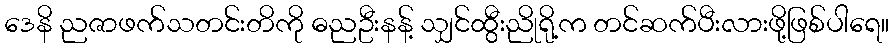
ဒေနိ ညဇာဖက်သတင်းတိကို ဓညဦးနန့် သျှင်ထွီးညိုရို့က တင်ဆက်ပီးလားဖို့ဖြစ်ပါရေ။